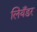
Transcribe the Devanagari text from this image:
लियँडर